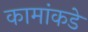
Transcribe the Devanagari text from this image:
कामांकडे